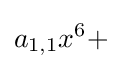
a_{1,1}x^{6}+